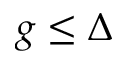
g \le \Delta